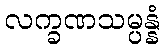
လက္ခဏသမ္ပန္နံ